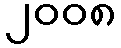
၂၀၀၈